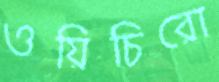
ওয়িচিরো